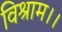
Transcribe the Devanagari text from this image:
विश्राम।।